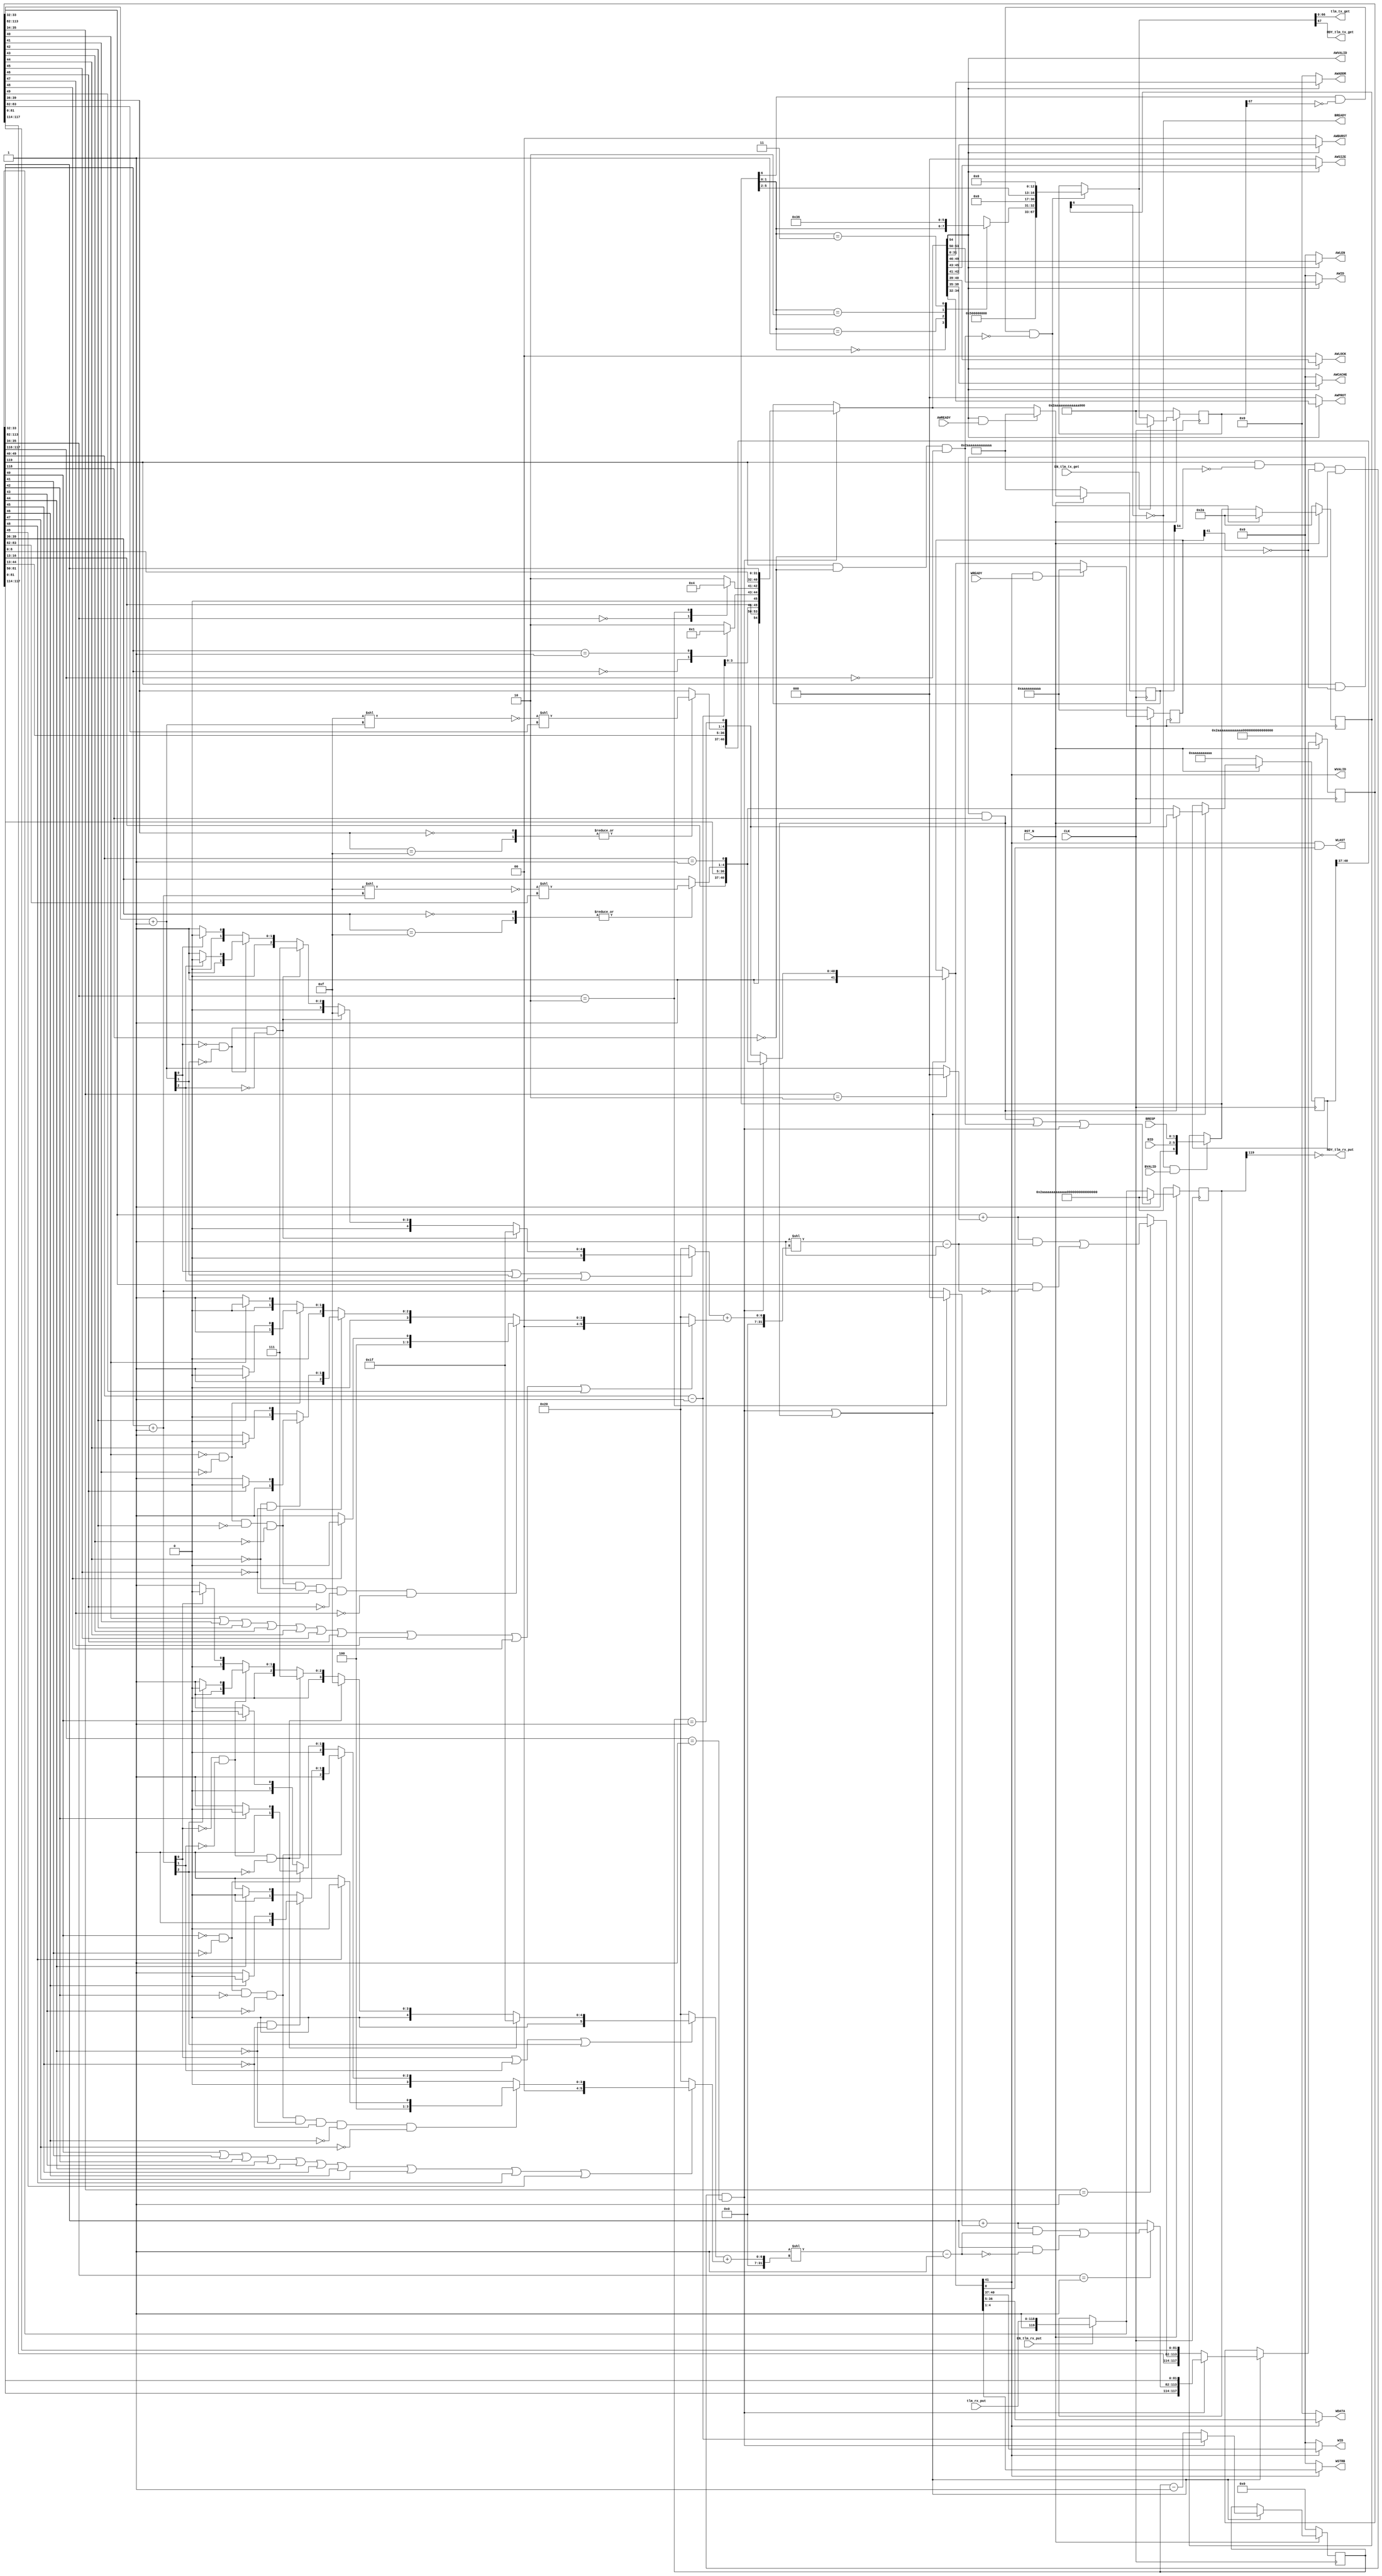
//
// Generated by Bluespec Compiler, version 2016.07.beta1 (build 34806, 2016-07-05)
//
// On Tue Mar 28 10:39:14 IST 2017
//
//
// Ports:
// Name                         I/O  size props
// tlm_tx_get                     O    67
// RDY_tlm_tx_get                 O     1
// RDY_tlm_rx_put                 O     1
// AWID                           O     4
// AWADDR                         O    32
// AWLEN                          O     4
// AWSIZE                         O     3
// AWBURST                        O     2
// AWLOCK                         O     2
// AWCACHE                        O     4
// AWPROT                         O     3
// AWVALID                        O     1
// WID                            O     4
// WDATA                          O    32
// WSTRB                          O     4
// WLAST                          O     1
// WVALID                         O     1
// BREADY                         O     1
// CLK                            I     1 clock
// RST_N                          I     1 reset
// tlm_rx_put                     I   119
// AWREADY                        I     1
// WREADY                         I     1
// BID                            I     4
// BRESP                          I     2
// BVALID                         I     1
// EN_tlm_rx_put                  I     1
// EN_tlm_tx_get                  I     1
//
// Combinational paths from inputs to outputs:
//   (tlm_rx_put, BID, BRESP, BVALID, EN_tlm_rx_put) -> RDY_tlm_tx_get
//   (tlm_rx_put, EN_tlm_rx_put) -> AWID
//   (tlm_rx_put, EN_tlm_rx_put) -> AWADDR
//   (tlm_rx_put, EN_tlm_rx_put) -> AWLEN
//   (tlm_rx_put, EN_tlm_rx_put) -> AWSIZE
//   (tlm_rx_put, EN_tlm_rx_put) -> AWBURST
//   (tlm_rx_put, EN_tlm_rx_put) -> AWLOCK
//   (tlm_rx_put, EN_tlm_rx_put) -> AWCACHE
//   (tlm_rx_put, EN_tlm_rx_put) -> AWPROT
//   (tlm_rx_put, EN_tlm_rx_put) -> AWVALID
//   (tlm_rx_put, EN_tlm_rx_put) -> WID
//   (tlm_rx_put, EN_tlm_rx_put) -> WDATA
//   (tlm_rx_put, EN_tlm_rx_put) -> WSTRB
//   (tlm_rx_put, EN_tlm_rx_put) -> WLAST
//   (tlm_rx_put, EN_tlm_rx_put) -> WVALID
//   (tlm_rx_put, BID, BRESP, BVALID, EN_tlm_rx_put) -> tlm_tx_get
//
//

`ifdef BSV_ASSIGNMENT_DELAY
`else
  `define BSV_ASSIGNMENT_DELAY
`endif

`ifdef BSV_POSITIVE_RESET
  `define BSV_RESET_VALUE 1'b1
  `define BSV_RESET_EDGE posedge
`else
  `define BSV_RESET_VALUE 1'b0
  `define BSV_RESET_EDGE negedge
`endif

module mkAxiWrMasterStd(CLK,
			RST_N,

			EN_tlm_tx_get,
			tlm_tx_get,
			RDY_tlm_tx_get,

			tlm_rx_put,
			EN_tlm_rx_put,
			RDY_tlm_rx_put,

			AWID,

			AWADDR,

			AWLEN,

			AWSIZE,

			AWBURST,

			AWLOCK,

			AWCACHE,

			AWPROT,

			AWVALID,

			AWREADY,

			WID,

			WDATA,

			WSTRB,

			WLAST,

			WVALID,

			WREADY,

			BREADY,

			BID,

			BRESP,

			BVALID);
  input  CLK;
  input  RST_N;

  // actionvalue method tlm_tx_get
  input  EN_tlm_tx_get;
  output [66 : 0] tlm_tx_get;
  output RDY_tlm_tx_get;

  // action method tlm_rx_put
  input  [118 : 0] tlm_rx_put;
  input  EN_tlm_rx_put;
  output RDY_tlm_rx_put;

  // value method fabric_bus_awID
  output [3 : 0] AWID;

  // value method fabric_bus_awADDR
  output [31 : 0] AWADDR;

  // value method fabric_bus_awLEN
  output [3 : 0] AWLEN;

  // value method fabric_bus_awSIZE
  output [2 : 0] AWSIZE;

  // value method fabric_bus_awBURST
  output [1 : 0] AWBURST;

  // value method fabric_bus_awLOCK
  output [1 : 0] AWLOCK;

  // value method fabric_bus_awCACHE
  output [3 : 0] AWCACHE;

  // value method fabric_bus_awPROT
  output [2 : 0] AWPROT;

  // value method fabric_bus_awVALID
  output AWVALID;

  // action method fabric_bus_awREADY
  input  AWREADY;

  // value method fabric_bus_wID
  output [3 : 0] WID;

  // value method fabric_bus_wDATA
  output [31 : 0] WDATA;

  // value method fabric_bus_wSTRB
  output [3 : 0] WSTRB;

  // value method fabric_bus_wLAST
  output WLAST;

  // value method fabric_bus_wVALID
  output WVALID;

  // action method fabric_bus_wREADY
  input  WREADY;

  // value method fabric_bus_bREADY
  output BREADY;

  // action method fabric_bus_bID
  input  [3 : 0] BID;

  // action method fabric_bus_bRESP
  input  [1 : 0] BRESP;

  // action method fabric_bus_bVALID
  input  BVALID;

  // signals for module outputs
  wire [66 : 0] tlm_tx_get;
  wire [31 : 0] AWADDR, WDATA;
  wire [3 : 0] AWCACHE, AWID, AWLEN, WID, WSTRB;
  wire [2 : 0] AWPROT, AWSIZE;
  wire [1 : 0] AWBURST, AWLOCK;
  wire AWVALID, BREADY, RDY_tlm_rx_put, RDY_tlm_tx_get, WLAST, WVALID;

  // inlined wires
  wire [119 : 0] fifo_rx_rv$port0__write_1,
		 fifo_rx_rv$port1__read,
		 fifo_rx_rv$port1__write_1,
		 fifo_rx_rv$port2__read;
  wire [67 : 0] fifo_tx_rv$port0__write_1,
		fifo_tx_rv$port1__read,
		fifo_tx_rv$port1__write_1,
		fifo_tx_rv$port2__read;
  wire [54 : 0] wr_addr_fifo_fifof_rv$port0__write_1,
		wr_addr_fifo_fifof_rv$port1__read,
		wr_addr_fifo_fifof_rv$port1__write_1,
		wr_addr_fifo_fifof_rv$port2__read;
  wire [41 : 0] wr_data_fifo_fifof_rv$port0__write_1,
		wr_data_fifo_fifof_rv$port1__read,
		wr_data_fifo_fifof_rv$port1__write_1,
		wr_data_fifo_fifof_rv$port2__read;
  wire [6 : 0] wr_resp_fifo_fifof_rv$port0__write_1,
	       wr_resp_fifo_fifof_rv$port1__read,
	       wr_resp_fifo_fifof_rv$port1__write_1,
	       wr_resp_fifo_fifof_rv$port2__read;
  wire [5 : 0] wr_resp_fifo_data_wire$wget;
  wire fifo_rx_rv$EN_port1__write, wr_data_fifo_fifof_rv$EN_port0__write;

  // register count
  reg [9 : 0] count;
  wire [9 : 0] count$D_IN;
  wire count$EN;

  // register descriptor
  reg [117 : 0] descriptor;
  wire [117 : 0] descriptor$D_IN;
  wire descriptor$EN;

  // register fifo_rx_rv
  reg [119 : 0] fifo_rx_rv;
  wire [119 : 0] fifo_rx_rv$D_IN;
  wire fifo_rx_rv$EN;

  // register fifo_tx_rv
  reg [67 : 0] fifo_tx_rv;
  wire [67 : 0] fifo_tx_rv$D_IN;
  wire fifo_tx_rv$EN;

  // register saved_data
  reg [40 : 0] saved_data;
  wire [40 : 0] saved_data$D_IN;
  wire saved_data$EN;

  // register wr_addr_fifo_fifof_rv
  reg [54 : 0] wr_addr_fifo_fifof_rv;
  wire [54 : 0] wr_addr_fifo_fifof_rv$D_IN;
  wire wr_addr_fifo_fifof_rv$EN;

  // register wr_data_fifo_fifof_rv
  reg [41 : 0] wr_data_fifo_fifof_rv;
  wire [41 : 0] wr_data_fifo_fifof_rv$D_IN;
  wire wr_data_fifo_fifof_rv$EN;

  // register wr_resp_fifo_fifof_rv
  reg [6 : 0] wr_resp_fifo_fifof_rv;
  wire [6 : 0] wr_resp_fifo_fifof_rv$D_IN;
  wire wr_resp_fifo_fifof_rv$EN;

  // rule scheduling signals
  wire CAN_FIRE_RL_data_write,
       CAN_FIRE_RL_every,
       CAN_FIRE_RL_grab_response,
       CAN_FIRE_RL_start_read,
       CAN_FIRE_RL_start_write,
       CAN_FIRE_RL_wr_addr_fifo_do_deq,
       CAN_FIRE_RL_wr_addr_fifo_get_data,
       CAN_FIRE_RL_wr_data_fifo_do_deq,
       CAN_FIRE_RL_wr_data_fifo_get_data,
       CAN_FIRE_RL_wr_resp_fifo_do_enq,
       CAN_FIRE_fabric_bus_awREADY,
       CAN_FIRE_fabric_bus_bID,
       CAN_FIRE_fabric_bus_bRESP,
       CAN_FIRE_fabric_bus_bVALID,
       CAN_FIRE_fabric_bus_wREADY,
       CAN_FIRE_tlm_rx_put,
       CAN_FIRE_tlm_tx_get,
       WILL_FIRE_RL_data_write,
       WILL_FIRE_RL_every,
       WILL_FIRE_RL_grab_response,
       WILL_FIRE_RL_start_read,
       WILL_FIRE_RL_start_write,
       WILL_FIRE_RL_wr_addr_fifo_do_deq,
       WILL_FIRE_RL_wr_addr_fifo_get_data,
       WILL_FIRE_RL_wr_data_fifo_do_deq,
       WILL_FIRE_RL_wr_data_fifo_get_data,
       WILL_FIRE_RL_wr_resp_fifo_do_enq,
       WILL_FIRE_fabric_bus_awREADY,
       WILL_FIRE_fabric_bus_bID,
       WILL_FIRE_fabric_bus_bRESP,
       WILL_FIRE_fabric_bus_bVALID,
       WILL_FIRE_fabric_bus_wREADY,
       WILL_FIRE_tlm_rx_put,
       WILL_FIRE_tlm_tx_get;

  // inputs to muxes for submodule ports
  wire [117 : 0] MUX_descriptor$write_1__VAL_1, MUX_descriptor$write_1__VAL_2;
  wire [41 : 0] MUX_wr_data_fifo_fifof_rv$port0__write_1__VAL_1,
		MUX_wr_data_fifo_fifof_rv$port0__write_1__VAL_2;
  wire [40 : 0] MUX_saved_data$write_1__VAL_1, MUX_saved_data$write_1__VAL_2;
  wire [9 : 0] MUX_count$write_1__VAL_2;

  // remaining internal signals
  reg [63 : 0] v__h28482;
  reg [3 : 0] wr_data_strb__h15623, wr_data_strb__h2607;
  reg [2 : 0] x__h3097;
  reg [1 : 0] CASE_fifo_rx_rvport1__read_BITS_35_TO_34_0_1__ETC__q1,
	      CASE_wr_resp_fifo_fifof_rvport1__read_BITS_1__ETC__q4;
  wire [53 : 0] wr_addr_fifo_fifof_rvport1__read_BITS_53_TO_0__q2;
  wire [40 : 0] wr_data_fifo_fifof_rvport1__read_BITS_40_TO_0__q3;
  wire [31 : 0] _0_CONCAT_descriptor_99_BITS_33_TO_32_04_26_PLUS_1___d327,
		_0_CONCAT_fifo_rx_rv_port1__read__9_BITS_33_TO__ETC___d86,
		addr___1__h15930,
		addr___1__h3487,
		addr__h15901,
		addr__h3457,
		log_length__h15927,
		log_length__h3484,
		log_size__h15926,
		log_size__h3483,
		mask__h15929,
		mask__h3486,
		total__h15928,
		total__h3485,
		x__h15942,
		x__h15950,
		x__h3499,
		x__h3508,
		x_addr__h15904,
		x_addr__h3460,
		y__h15560,
		y__h15943,
		y__h27998,
		y__h3500;
  wire [9 : 0] value__h3069;
  wire [4 : 0] value__h14746, value__h21273, value__h27184, value__h8835;
  wire [3 : 0] mask__h15706,
	       mask__h2717,
	       out___1__h15707,
	       out___1__h2718,
	       x__h15719,
	       x__h2730;
  wire [2 : 0] value__h15951, value__h3509, y__h15721, y__h2732;

  // actionvalue method tlm_tx_get
  assign tlm_tx_get = fifo_tx_rv$port1__read[66:0] ;
  assign RDY_tlm_tx_get = fifo_tx_rv$port1__read[67] ;
  assign CAN_FIRE_tlm_tx_get = fifo_tx_rv$port1__read[67] ;
  assign WILL_FIRE_tlm_tx_get = EN_tlm_tx_get ;

  // action method tlm_rx_put
  assign RDY_tlm_rx_put = !fifo_rx_rv[119] ;
  assign CAN_FIRE_tlm_rx_put = !fifo_rx_rv[119] ;
  assign WILL_FIRE_tlm_rx_put = EN_tlm_rx_put ;

  // value method fabric_bus_awID
  assign AWID =
	     wr_addr_fifo_fifof_rv$port1__read[54] ?
	       wr_addr_fifo_fifof_rvport1__read_BITS_53_TO_0__q2[53:50] :
	       4'd0 ;

  // value method fabric_bus_awADDR
  assign AWADDR =
	     wr_addr_fifo_fifof_rv$port1__read[54] ?
	       wr_addr_fifo_fifof_rvport1__read_BITS_53_TO_0__q2[31:0] :
	       32'd0 ;

  // value method fabric_bus_awLEN
  assign AWLEN =
	     wr_addr_fifo_fifof_rv$port1__read[54] ?
	       wr_addr_fifo_fifof_rvport1__read_BITS_53_TO_0__q2[49:46] :
	       4'd0 ;

  // value method fabric_bus_awSIZE
  assign AWSIZE =
	     wr_addr_fifo_fifof_rv$port1__read[54] ?
	       wr_addr_fifo_fifof_rvport1__read_BITS_53_TO_0__q2[45:43] :
	       3'd0 ;

  // value method fabric_bus_awBURST
  assign AWBURST =
	     wr_addr_fifo_fifof_rv$port1__read[54] ?
	       wr_addr_fifo_fifof_rvport1__read_BITS_53_TO_0__q2[42:41] :
	       2'd0 ;

  // value method fabric_bus_awLOCK
  assign AWLOCK =
	     wr_addr_fifo_fifof_rv$port1__read[54] ?
	       wr_addr_fifo_fifof_rvport1__read_BITS_53_TO_0__q2[40:39] :
	       2'd0 ;

  // value method fabric_bus_awCACHE
  assign AWCACHE =
	     wr_addr_fifo_fifof_rv$port1__read[54] ?
	       wr_addr_fifo_fifof_rvport1__read_BITS_53_TO_0__q2[38:35] :
	       4'd0 ;

  // value method fabric_bus_awPROT
  assign AWPROT =
	     wr_addr_fifo_fifof_rv$port1__read[54] ?
	       wr_addr_fifo_fifof_rvport1__read_BITS_53_TO_0__q2[34:32] :
	       3'd0 ;

  // value method fabric_bus_awVALID
  assign AWVALID = wr_addr_fifo_fifof_rv$port1__read[54] ;

  // action method fabric_bus_awREADY
  assign CAN_FIRE_fabric_bus_awREADY = 1'd1 ;
  assign WILL_FIRE_fabric_bus_awREADY = 1'd1 ;

  // value method fabric_bus_wID
  assign WID =
	     wr_data_fifo_fifof_rv$port1__read[41] ?
	       wr_data_fifo_fifof_rvport1__read_BITS_40_TO_0__q3[40:37] :
	       4'd0 ;

  // value method fabric_bus_wDATA
  assign WDATA =
	     wr_data_fifo_fifof_rv$port1__read[41] ?
	       wr_data_fifo_fifof_rvport1__read_BITS_40_TO_0__q3[36:5] :
	       32'd0 ;

  // value method fabric_bus_wSTRB
  assign WSTRB =
	     wr_data_fifo_fifof_rv$port1__read[41] ?
	       wr_data_fifo_fifof_rvport1__read_BITS_40_TO_0__q3[4:1] :
	       4'd0 ;

  // value method fabric_bus_wLAST
  assign WLAST =
	     wr_data_fifo_fifof_rv$port1__read[41] &&
	     wr_data_fifo_fifof_rvport1__read_BITS_40_TO_0__q3[0] ;

  // value method fabric_bus_wVALID
  assign WVALID = wr_data_fifo_fifof_rv$port1__read[41] ;

  // action method fabric_bus_wREADY
  assign CAN_FIRE_fabric_bus_wREADY = 1'd1 ;
  assign WILL_FIRE_fabric_bus_wREADY = 1'd1 ;

  // value method fabric_bus_bREADY
  assign BREADY = !wr_resp_fifo_fifof_rv[6] ;

  // action method fabric_bus_bID
  assign CAN_FIRE_fabric_bus_bID = 1'd1 ;
  assign WILL_FIRE_fabric_bus_bID = 1'd1 ;

  // action method fabric_bus_bRESP
  assign CAN_FIRE_fabric_bus_bRESP = 1'd1 ;
  assign WILL_FIRE_fabric_bus_bRESP = 1'd1 ;

  // action method fabric_bus_bVALID
  assign CAN_FIRE_fabric_bus_bVALID = 1'd1 ;
  assign WILL_FIRE_fabric_bus_bVALID = 1'd1 ;

  // rule RL_every
  assign CAN_FIRE_RL_every = 1'd1 ;
  assign WILL_FIRE_RL_every = 1'd1 ;

  // rule RL_start_write
  assign CAN_FIRE_RL_start_write =
	     fifo_rx_rv$port1__read[119] && !wr_addr_fifo_fifof_rv[54] &&
	     !wr_data_fifo_fifof_rv[41] &&
	     !fifo_rx_rv$port1__read[118] &&
	     fifo_rx_rv$port1__read[117:116] == 2'd1 ;
  assign WILL_FIRE_RL_start_write = CAN_FIRE_RL_start_write ;

  // rule RL_data_write
  assign CAN_FIRE_RL_data_write =
	     fifo_rx_rv$port1__read[119] && !wr_data_fifo_fifof_rv[41] &&
	     fifo_rx_rv$port1__read[118] ;
  assign WILL_FIRE_RL_data_write = CAN_FIRE_RL_data_write ;

  // rule RL_start_read
  assign CAN_FIRE_RL_start_read =
	     fifo_rx_rv$port1__read[119] && !fifo_rx_rv$port1__read[118] &&
	     fifo_rx_rv$port1__read[117:116] == 2'd0 ;
  assign WILL_FIRE_RL_start_read = CAN_FIRE_RL_start_read ;

  // rule RL_wr_addr_fifo_get_data
  assign CAN_FIRE_RL_wr_addr_fifo_get_data =
	     wr_addr_fifo_fifof_rv$port1__read[54] ;
  assign WILL_FIRE_RL_wr_addr_fifo_get_data =
	     wr_addr_fifo_fifof_rv$port1__read[54] ;

  // rule RL_wr_addr_fifo_do_deq
  assign CAN_FIRE_RL_wr_addr_fifo_do_deq =
	     wr_addr_fifo_fifof_rv$port1__read[54] && AWREADY ;
  assign WILL_FIRE_RL_wr_addr_fifo_do_deq = CAN_FIRE_RL_wr_addr_fifo_do_deq ;

  // rule RL_wr_data_fifo_get_data
  assign CAN_FIRE_RL_wr_data_fifo_get_data =
	     wr_data_fifo_fifof_rv$port1__read[41] ;
  assign WILL_FIRE_RL_wr_data_fifo_get_data =
	     wr_data_fifo_fifof_rv$port1__read[41] ;

  // rule RL_wr_data_fifo_do_deq
  assign CAN_FIRE_RL_wr_data_fifo_do_deq =
	     wr_data_fifo_fifof_rv$port1__read[41] && WREADY ;
  assign WILL_FIRE_RL_wr_data_fifo_do_deq = CAN_FIRE_RL_wr_data_fifo_do_deq ;

  // rule RL_wr_resp_fifo_do_enq
  assign CAN_FIRE_RL_wr_resp_fifo_do_enq =
	     !wr_resp_fifo_fifof_rv[6] && BVALID ;
  assign WILL_FIRE_RL_wr_resp_fifo_do_enq = CAN_FIRE_RL_wr_resp_fifo_do_enq ;

  // rule RL_grab_response
  assign CAN_FIRE_RL_grab_response =
	     wr_resp_fifo_fifof_rv$port1__read[6] && !fifo_tx_rv[67] ;
  assign WILL_FIRE_RL_grab_response =
	     CAN_FIRE_RL_grab_response && !WILL_FIRE_RL_start_read ;

  // inputs to muxes for submodule ports
  assign MUX_count$write_1__VAL_2 = count - 10'd1 ;
  assign MUX_descriptor$write_1__VAL_1 =
	     { fifo_rx_rv$port1__read[117:114],
	       x_addr__h3460,
	       fifo_rx_rv$port1__read[81:0] } ;
  assign MUX_descriptor$write_1__VAL_2 =
	     { descriptor[117:114], x_addr__h15904, descriptor[81:0] } ;
  assign MUX_saved_data$write_1__VAL_1 =
	     { saved_data[40:37],
	       fifo_rx_rv$port1__read[44:13],
	       wr_data_strb__h15623,
	       count == 10'd1 } ;
  assign MUX_saved_data$write_1__VAL_2 =
	     { fifo_rx_rv$port1__read[16:13],
	       fifo_rx_rv$port1__read[81:50],
	       wr_data_strb__h2607,
	       fifo_rx_rv$port1__read[49:40] == 10'd1 } ;
  assign MUX_wr_data_fifo_fifof_rv$port0__write_1__VAL_1 =
	     { 1'd1,
	       fifo_rx_rv$port1__read[16:13],
	       fifo_rx_rv$port1__read[81:50],
	       wr_data_strb__h2607,
	       fifo_rx_rv$port1__read[49:40] == 10'd1 } ;
  assign MUX_wr_data_fifo_fifof_rv$port0__write_1__VAL_2 =
	     { 1'd1,
	       saved_data[40:37],
	       fifo_rx_rv$port1__read[44:13],
	       wr_data_strb__h15623,
	       count == 10'd1 } ;

  // inlined wires
  assign wr_resp_fifo_data_wire$wget = { BID, BRESP } ;
  assign wr_addr_fifo_fifof_rv$port0__write_1 =
	     { 1'd1,
	       fifo_rx_rv$port1__read[16:13],
	       value__h3069[3:0],
	       x__h3097,
	       CASE_fifo_rx_rvport1__read_BITS_35_TO_34_0_1__ETC__q1,
	       fifo_rx_rv$port1__read[8:0],
	       fifo_rx_rv$port1__read[113:82] } ;
  assign wr_addr_fifo_fifof_rv$port1__read =
	     CAN_FIRE_RL_start_write ?
	       wr_addr_fifo_fifof_rv$port0__write_1 :
	       wr_addr_fifo_fifof_rv ;
  assign wr_addr_fifo_fifof_rv$port1__write_1 =
	     { 1'd0, 54'h2AAAAAAAAAAAAA /* unspecified value */  } ;
  assign wr_addr_fifo_fifof_rv$port2__read =
	     CAN_FIRE_RL_wr_addr_fifo_do_deq ?
	       wr_addr_fifo_fifof_rv$port1__write_1 :
	       wr_addr_fifo_fifof_rv$port1__read ;
  assign wr_data_fifo_fifof_rv$EN_port0__write =
	     WILL_FIRE_RL_start_write || WILL_FIRE_RL_data_write ;
  assign wr_data_fifo_fifof_rv$port0__write_1 =
	     WILL_FIRE_RL_start_write ?
	       MUX_wr_data_fifo_fifof_rv$port0__write_1__VAL_1 :
	       MUX_wr_data_fifo_fifof_rv$port0__write_1__VAL_2 ;
  assign wr_data_fifo_fifof_rv$port1__read =
	     wr_data_fifo_fifof_rv$EN_port0__write ?
	       wr_data_fifo_fifof_rv$port0__write_1 :
	       wr_data_fifo_fifof_rv ;
  assign wr_data_fifo_fifof_rv$port1__write_1 =
	     { 1'd0, 41'h0AAAAAAAAAA /* unspecified value */  } ;
  assign wr_data_fifo_fifof_rv$port2__read =
	     CAN_FIRE_RL_wr_data_fifo_do_deq ?
	       wr_data_fifo_fifof_rv$port1__write_1 :
	       wr_data_fifo_fifof_rv$port1__read ;
  assign wr_resp_fifo_fifof_rv$port0__write_1 =
	     { 1'd1, wr_resp_fifo_data_wire$wget } ;
  assign wr_resp_fifo_fifof_rv$port1__read =
	     CAN_FIRE_RL_wr_resp_fifo_do_enq ?
	       wr_resp_fifo_fifof_rv$port0__write_1 :
	       wr_resp_fifo_fifof_rv ;
  assign wr_resp_fifo_fifof_rv$port1__write_1 =
	     { 1'd0, 6'b101010 /* unspecified value */  } ;
  assign wr_resp_fifo_fifof_rv$port2__read =
	     WILL_FIRE_RL_grab_response ?
	       wr_resp_fifo_fifof_rv$port1__write_1 :
	       wr_resp_fifo_fifof_rv$port1__read ;
  assign fifo_rx_rv$port0__write_1 = { 1'd1, tlm_rx_put } ;
  assign fifo_rx_rv$port1__read =
	     EN_tlm_rx_put ? fifo_rx_rv$port0__write_1 : fifo_rx_rv ;
  assign fifo_rx_rv$EN_port1__write =
	     WILL_FIRE_RL_data_write || WILL_FIRE_RL_start_read ||
	     WILL_FIRE_RL_start_write ;
  assign fifo_rx_rv$port1__write_1 =
	     { 1'd0,
	       119'h2AAAAAAAAAAAAAAAAAAAAAAAAAAAAA /* unspecified value */  } ;
  assign fifo_rx_rv$port2__read =
	     fifo_rx_rv$EN_port1__write ?
	       fifo_rx_rv$port1__write_1 :
	       fifo_rx_rv$port1__read ;
  assign fifo_tx_rv$port0__write_1 =
	     { 35'h500000000,
	       CASE_wr_resp_fifo_fifof_rvport1__read_BITS_1__ETC__q4,
	       14'd0,
	       wr_resp_fifo_fifof_rv$port1__read[5:2],
	       13'd0 } ;
  assign fifo_tx_rv$port1__read =
	     WILL_FIRE_RL_grab_response ?
	       fifo_tx_rv$port0__write_1 :
	       fifo_tx_rv ;
  assign fifo_tx_rv$port1__write_1 =
	     { 1'd0, 67'h2AAAAAAAAAAAAAAAA /* unspecified value */  } ;
  assign fifo_tx_rv$port2__read =
	     EN_tlm_tx_get ?
	       fifo_tx_rv$port1__write_1 :
	       fifo_tx_rv$port1__read ;

  // register count
  assign count$D_IN =
	     WILL_FIRE_RL_start_write ?
	       value__h3069 :
	       MUX_count$write_1__VAL_2 ;
  assign count$EN = WILL_FIRE_RL_start_write || WILL_FIRE_RL_data_write ;

  // register descriptor
  assign descriptor$D_IN =
	     WILL_FIRE_RL_start_write ?
	       MUX_descriptor$write_1__VAL_1 :
	       MUX_descriptor$write_1__VAL_2 ;
  assign descriptor$EN = WILL_FIRE_RL_start_write || WILL_FIRE_RL_data_write ;

  // register fifo_rx_rv
  assign fifo_rx_rv$D_IN = fifo_rx_rv$port2__read ;
  assign fifo_rx_rv$EN = 1'b1 ;

  // register fifo_tx_rv
  assign fifo_tx_rv$D_IN = fifo_tx_rv$port2__read ;
  assign fifo_tx_rv$EN = 1'b1 ;

  // register saved_data
  assign saved_data$D_IN =
	     WILL_FIRE_RL_data_write ?
	       MUX_saved_data$write_1__VAL_1 :
	       MUX_saved_data$write_1__VAL_2 ;
  assign saved_data$EN = WILL_FIRE_RL_data_write || WILL_FIRE_RL_start_write ;

  // register wr_addr_fifo_fifof_rv
  assign wr_addr_fifo_fifof_rv$D_IN = wr_addr_fifo_fifof_rv$port2__read ;
  assign wr_addr_fifo_fifof_rv$EN = 1'b1 ;

  // register wr_data_fifo_fifof_rv
  assign wr_data_fifo_fifof_rv$D_IN = wr_data_fifo_fifof_rv$port2__read ;
  assign wr_data_fifo_fifof_rv$EN = 1'b1 ;

  // register wr_resp_fifo_fifof_rv
  assign wr_resp_fifo_fifof_rv$D_IN = wr_resp_fifo_fifof_rv$port2__read ;
  assign wr_resp_fifo_fifof_rv$EN = 1'b1 ;

  // remaining internal signals
  assign _0_CONCAT_descriptor_99_BITS_33_TO_32_04_26_PLUS_1___d327 =
	     { 30'd0, descriptor[33:32] } + 32'd1 ;
  assign _0_CONCAT_fifo_rx_rv_port1__read__9_BITS_33_TO__ETC___d86 =
	     { 30'd0, fifo_rx_rv$port1__read[33:32] } + 32'd1 ;
  assign addr___1__h15930 = x__h15942 | y__h15943 ;
  assign addr___1__h3487 = x__h3499 | y__h3500 ;
  assign addr__h15901 = descriptor[113:82] + x__h15950 ;
  assign addr__h3457 = fifo_rx_rv$port1__read[113:82] + x__h3508 ;
  assign log_length__h15927 =
	     (descriptor[40] || descriptor[41] || descriptor[42] ||
	      descriptor[43] ||
	      descriptor[44] ||
	      descriptor[45] ||
	      descriptor[46] ||
	      descriptor[47] ||
	      descriptor[48] ||
	      descriptor[49]) ?
	       { 27'd0, value__h27184 } :
	       32'd32 ;
  assign log_length__h3484 =
	     (fifo_rx_rv$port1__read[40] || fifo_rx_rv$port1__read[41] ||
	      fifo_rx_rv$port1__read[42] ||
	      fifo_rx_rv$port1__read[43] ||
	      fifo_rx_rv$port1__read[44] ||
	      fifo_rx_rv$port1__read[45] ||
	      fifo_rx_rv$port1__read[46] ||
	      fifo_rx_rv$port1__read[47] ||
	      fifo_rx_rv$port1__read[48] ||
	      fifo_rx_rv$port1__read[49]) ?
	       { 27'd0, value__h14746 } :
	       32'd32 ;
  assign log_size__h15926 =
	     (_0_CONCAT_descriptor_99_BITS_33_TO_32_04_26_PLUS_1___d327[0] ||
	      _0_CONCAT_descriptor_99_BITS_33_TO_32_04_26_PLUS_1___d327[1] ||
	      _0_CONCAT_descriptor_99_BITS_33_TO_32_04_26_PLUS_1___d327[2] ||
	      _0_CONCAT_descriptor_99_BITS_33_TO_32_04_26_PLUS_1___d327[3] ||
	      _0_CONCAT_descriptor_99_BITS_33_TO_32_04_26_PLUS_1___d327[4] ||
	      _0_CONCAT_descriptor_99_BITS_33_TO_32_04_26_PLUS_1___d327[5] ||
	      _0_CONCAT_descriptor_99_BITS_33_TO_32_04_26_PLUS_1___d327[6] ||
	      _0_CONCAT_descriptor_99_BITS_33_TO_32_04_26_PLUS_1___d327[7] ||
	      _0_CONCAT_descriptor_99_BITS_33_TO_32_04_26_PLUS_1___d327[8] ||
	      _0_CONCAT_descriptor_99_BITS_33_TO_32_04_26_PLUS_1___d327[9] ||
	      _0_CONCAT_descriptor_99_BITS_33_TO_32_04_26_PLUS_1___d327[10] ||
	      _0_CONCAT_descriptor_99_BITS_33_TO_32_04_26_PLUS_1___d327[11] ||
	      _0_CONCAT_descriptor_99_BITS_33_TO_32_04_26_PLUS_1___d327[12] ||
	      _0_CONCAT_descriptor_99_BITS_33_TO_32_04_26_PLUS_1___d327[13] ||
	      _0_CONCAT_descriptor_99_BITS_33_TO_32_04_26_PLUS_1___d327[14] ||
	      _0_CONCAT_descriptor_99_BITS_33_TO_32_04_26_PLUS_1___d327[15] ||
	      _0_CONCAT_descriptor_99_BITS_33_TO_32_04_26_PLUS_1___d327[16] ||
	      _0_CONCAT_descriptor_99_BITS_33_TO_32_04_26_PLUS_1___d327[17] ||
	      _0_CONCAT_descriptor_99_BITS_33_TO_32_04_26_PLUS_1___d327[18] ||
	      _0_CONCAT_descriptor_99_BITS_33_TO_32_04_26_PLUS_1___d327[19] ||
	      _0_CONCAT_descriptor_99_BITS_33_TO_32_04_26_PLUS_1___d327[20] ||
	      _0_CONCAT_descriptor_99_BITS_33_TO_32_04_26_PLUS_1___d327[21] ||
	      _0_CONCAT_descriptor_99_BITS_33_TO_32_04_26_PLUS_1___d327[22] ||
	      _0_CONCAT_descriptor_99_BITS_33_TO_32_04_26_PLUS_1___d327[23] ||
	      _0_CONCAT_descriptor_99_BITS_33_TO_32_04_26_PLUS_1___d327[24] ||
	      _0_CONCAT_descriptor_99_BITS_33_TO_32_04_26_PLUS_1___d327[25] ||
	      _0_CONCAT_descriptor_99_BITS_33_TO_32_04_26_PLUS_1___d327[26] ||
	      _0_CONCAT_descriptor_99_BITS_33_TO_32_04_26_PLUS_1___d327[27] ||
	      _0_CONCAT_descriptor_99_BITS_33_TO_32_04_26_PLUS_1___d327[28] ||
	      _0_CONCAT_descriptor_99_BITS_33_TO_32_04_26_PLUS_1___d327[29] ||
	      _0_CONCAT_descriptor_99_BITS_33_TO_32_04_26_PLUS_1___d327[30] ||
	      _0_CONCAT_descriptor_99_BITS_33_TO_32_04_26_PLUS_1___d327[31]) ?
	       { 27'd0, value__h21273 } :
	       32'd32 ;
  assign log_size__h3483 =
	     (_0_CONCAT_fifo_rx_rv_port1__read__9_BITS_33_TO__ETC___d86[0] ||
	      _0_CONCAT_fifo_rx_rv_port1__read__9_BITS_33_TO__ETC___d86[1] ||
	      _0_CONCAT_fifo_rx_rv_port1__read__9_BITS_33_TO__ETC___d86[2] ||
	      _0_CONCAT_fifo_rx_rv_port1__read__9_BITS_33_TO__ETC___d86[3] ||
	      _0_CONCAT_fifo_rx_rv_port1__read__9_BITS_33_TO__ETC___d86[4] ||
	      _0_CONCAT_fifo_rx_rv_port1__read__9_BITS_33_TO__ETC___d86[5] ||
	      _0_CONCAT_fifo_rx_rv_port1__read__9_BITS_33_TO__ETC___d86[6] ||
	      _0_CONCAT_fifo_rx_rv_port1__read__9_BITS_33_TO__ETC___d86[7] ||
	      _0_CONCAT_fifo_rx_rv_port1__read__9_BITS_33_TO__ETC___d86[8] ||
	      _0_CONCAT_fifo_rx_rv_port1__read__9_BITS_33_TO__ETC___d86[9] ||
	      _0_CONCAT_fifo_rx_rv_port1__read__9_BITS_33_TO__ETC___d86[10] ||
	      _0_CONCAT_fifo_rx_rv_port1__read__9_BITS_33_TO__ETC___d86[11] ||
	      _0_CONCAT_fifo_rx_rv_port1__read__9_BITS_33_TO__ETC___d86[12] ||
	      _0_CONCAT_fifo_rx_rv_port1__read__9_BITS_33_TO__ETC___d86[13] ||
	      _0_CONCAT_fifo_rx_rv_port1__read__9_BITS_33_TO__ETC___d86[14] ||
	      _0_CONCAT_fifo_rx_rv_port1__read__9_BITS_33_TO__ETC___d86[15] ||
	      _0_CONCAT_fifo_rx_rv_port1__read__9_BITS_33_TO__ETC___d86[16] ||
	      _0_CONCAT_fifo_rx_rv_port1__read__9_BITS_33_TO__ETC___d86[17] ||
	      _0_CONCAT_fifo_rx_rv_port1__read__9_BITS_33_TO__ETC___d86[18] ||
	      _0_CONCAT_fifo_rx_rv_port1__read__9_BITS_33_TO__ETC___d86[19] ||
	      _0_CONCAT_fifo_rx_rv_port1__read__9_BITS_33_TO__ETC___d86[20] ||
	      _0_CONCAT_fifo_rx_rv_port1__read__9_BITS_33_TO__ETC___d86[21] ||
	      _0_CONCAT_fifo_rx_rv_port1__read__9_BITS_33_TO__ETC___d86[22] ||
	      _0_CONCAT_fifo_rx_rv_port1__read__9_BITS_33_TO__ETC___d86[23] ||
	      _0_CONCAT_fifo_rx_rv_port1__read__9_BITS_33_TO__ETC___d86[24] ||
	      _0_CONCAT_fifo_rx_rv_port1__read__9_BITS_33_TO__ETC___d86[25] ||
	      _0_CONCAT_fifo_rx_rv_port1__read__9_BITS_33_TO__ETC___d86[26] ||
	      _0_CONCAT_fifo_rx_rv_port1__read__9_BITS_33_TO__ETC___d86[27] ||
	      _0_CONCAT_fifo_rx_rv_port1__read__9_BITS_33_TO__ETC___d86[28] ||
	      _0_CONCAT_fifo_rx_rv_port1__read__9_BITS_33_TO__ETC___d86[29] ||
	      _0_CONCAT_fifo_rx_rv_port1__read__9_BITS_33_TO__ETC___d86[30] ||
	      _0_CONCAT_fifo_rx_rv_port1__read__9_BITS_33_TO__ETC___d86[31]) ?
	       { 27'd0, value__h8835 } :
	       32'd32 ;
  assign mask__h15706 = ~x__h15719 ;
  assign mask__h15929 = (32'd1 << total__h15928) - 32'd1 ;
  assign mask__h2717 = ~x__h2730 ;
  assign mask__h3486 = (32'd1 << total__h3485) - 32'd1 ;
  assign out___1__h15707 = mask__h15706 << descriptor[83:82] ;
  assign out___1__h2718 = mask__h2717 << fifo_rx_rv$port1__read[83:82] ;
  assign total__h15928 = log_size__h15926 + log_length__h15927 ;
  assign total__h3485 = log_size__h3483 + log_length__h3484 ;
  assign value__h14746 =
	     (!fifo_rx_rv$port1__read[40] && !fifo_rx_rv$port1__read[41] &&
	      !fifo_rx_rv$port1__read[42] &&
	      !fifo_rx_rv$port1__read[43] &&
	      !fifo_rx_rv$port1__read[44] &&
	      !fifo_rx_rv$port1__read[45] &&
	      !fifo_rx_rv$port1__read[46] &&
	      !fifo_rx_rv$port1__read[47]) ?
	       (fifo_rx_rv$port1__read[48] ? 5'd8 : 5'd9) :
	       ((!fifo_rx_rv$port1__read[40] && !fifo_rx_rv$port1__read[41] &&
		 !fifo_rx_rv$port1__read[42] &&
		 !fifo_rx_rv$port1__read[43]) ?
		  ((!fifo_rx_rv$port1__read[44] &&
		    !fifo_rx_rv$port1__read[45]) ?
		     (fifo_rx_rv$port1__read[46] ? 5'd6 : 5'd7) :
		     (fifo_rx_rv$port1__read[44] ? 5'd4 : 5'd5)) :
		  ((!fifo_rx_rv$port1__read[40] &&
		    !fifo_rx_rv$port1__read[41]) ?
		     (fifo_rx_rv$port1__read[42] ? 5'd2 : 5'd3) :
		     (fifo_rx_rv$port1__read[40] ? 5'd0 : 5'd1))) ;
  assign value__h15951 = (descriptor[35:34] == 2'd2) ? 3'd0 : y__h15721 ;
  assign value__h21273 =
	     (!_0_CONCAT_descriptor_99_BITS_33_TO_32_04_26_PLUS_1___d327[0] &&
	      !_0_CONCAT_descriptor_99_BITS_33_TO_32_04_26_PLUS_1___d327[1] &&
	      !_0_CONCAT_descriptor_99_BITS_33_TO_32_04_26_PLUS_1___d327[2] &&
	      !_0_CONCAT_descriptor_99_BITS_33_TO_32_04_26_PLUS_1___d327[3] &&
	      !_0_CONCAT_descriptor_99_BITS_33_TO_32_04_26_PLUS_1___d327[4] &&
	      !_0_CONCAT_descriptor_99_BITS_33_TO_32_04_26_PLUS_1___d327[5] &&
	      !_0_CONCAT_descriptor_99_BITS_33_TO_32_04_26_PLUS_1___d327[6] &&
	      !_0_CONCAT_descriptor_99_BITS_33_TO_32_04_26_PLUS_1___d327[7] &&
	      !_0_CONCAT_descriptor_99_BITS_33_TO_32_04_26_PLUS_1___d327[8] &&
	      !_0_CONCAT_descriptor_99_BITS_33_TO_32_04_26_PLUS_1___d327[9] &&
	      !_0_CONCAT_descriptor_99_BITS_33_TO_32_04_26_PLUS_1___d327[10] &&
	      !_0_CONCAT_descriptor_99_BITS_33_TO_32_04_26_PLUS_1___d327[11] &&
	      !_0_CONCAT_descriptor_99_BITS_33_TO_32_04_26_PLUS_1___d327[12] &&
	      !_0_CONCAT_descriptor_99_BITS_33_TO_32_04_26_PLUS_1___d327[13] &&
	      !_0_CONCAT_descriptor_99_BITS_33_TO_32_04_26_PLUS_1___d327[14] &&
	      !_0_CONCAT_descriptor_99_BITS_33_TO_32_04_26_PLUS_1___d327[15]) ?
	       ((!_0_CONCAT_descriptor_99_BITS_33_TO_32_04_26_PLUS_1___d327[16] &&
		 !_0_CONCAT_descriptor_99_BITS_33_TO_32_04_26_PLUS_1___d327[17] &&
		 !_0_CONCAT_descriptor_99_BITS_33_TO_32_04_26_PLUS_1___d327[18] &&
		 !_0_CONCAT_descriptor_99_BITS_33_TO_32_04_26_PLUS_1___d327[19] &&
		 !_0_CONCAT_descriptor_99_BITS_33_TO_32_04_26_PLUS_1___d327[20] &&
		 !_0_CONCAT_descriptor_99_BITS_33_TO_32_04_26_PLUS_1___d327[21] &&
		 !_0_CONCAT_descriptor_99_BITS_33_TO_32_04_26_PLUS_1___d327[22] &&
		 !_0_CONCAT_descriptor_99_BITS_33_TO_32_04_26_PLUS_1___d327[23]) ?
		  ((!_0_CONCAT_descriptor_99_BITS_33_TO_32_04_26_PLUS_1___d327[24] &&
		    !_0_CONCAT_descriptor_99_BITS_33_TO_32_04_26_PLUS_1___d327[25] &&
		    !_0_CONCAT_descriptor_99_BITS_33_TO_32_04_26_PLUS_1___d327[26] &&
		    !_0_CONCAT_descriptor_99_BITS_33_TO_32_04_26_PLUS_1___d327[27]) ?
		     ((!_0_CONCAT_descriptor_99_BITS_33_TO_32_04_26_PLUS_1___d327[28] &&
		       !_0_CONCAT_descriptor_99_BITS_33_TO_32_04_26_PLUS_1___d327[29]) ?
			(_0_CONCAT_descriptor_99_BITS_33_TO_32_04_26_PLUS_1___d327[30] ?
			   5'd30 :
			   5'd31) :
			(_0_CONCAT_descriptor_99_BITS_33_TO_32_04_26_PLUS_1___d327[28] ?
			   5'd28 :
			   5'd29)) :
		     ((!_0_CONCAT_descriptor_99_BITS_33_TO_32_04_26_PLUS_1___d327[24] &&
		       !_0_CONCAT_descriptor_99_BITS_33_TO_32_04_26_PLUS_1___d327[25]) ?
			(_0_CONCAT_descriptor_99_BITS_33_TO_32_04_26_PLUS_1___d327[26] ?
			   5'd26 :
			   5'd27) :
			(_0_CONCAT_descriptor_99_BITS_33_TO_32_04_26_PLUS_1___d327[24] ?
			   5'd24 :
			   5'd25))) :
		  ((!_0_CONCAT_descriptor_99_BITS_33_TO_32_04_26_PLUS_1___d327[16] &&
		    !_0_CONCAT_descriptor_99_BITS_33_TO_32_04_26_PLUS_1___d327[17] &&
		    !_0_CONCAT_descriptor_99_BITS_33_TO_32_04_26_PLUS_1___d327[18] &&
		    !_0_CONCAT_descriptor_99_BITS_33_TO_32_04_26_PLUS_1___d327[19]) ?
		     ((!_0_CONCAT_descriptor_99_BITS_33_TO_32_04_26_PLUS_1___d327[20] &&
		       !_0_CONCAT_descriptor_99_BITS_33_TO_32_04_26_PLUS_1___d327[21]) ?
			(_0_CONCAT_descriptor_99_BITS_33_TO_32_04_26_PLUS_1___d327[22] ?
			   5'd22 :
			   5'd23) :
			(_0_CONCAT_descriptor_99_BITS_33_TO_32_04_26_PLUS_1___d327[20] ?
			   5'd20 :
			   5'd21)) :
		     ((!_0_CONCAT_descriptor_99_BITS_33_TO_32_04_26_PLUS_1___d327[16] &&
		       !_0_CONCAT_descriptor_99_BITS_33_TO_32_04_26_PLUS_1___d327[17]) ?
			(_0_CONCAT_descriptor_99_BITS_33_TO_32_04_26_PLUS_1___d327[18] ?
			   5'd18 :
			   5'd19) :
			(_0_CONCAT_descriptor_99_BITS_33_TO_32_04_26_PLUS_1___d327[16] ?
			   5'd16 :
			   5'd17)))) :
	       ((!_0_CONCAT_descriptor_99_BITS_33_TO_32_04_26_PLUS_1___d327[0] &&
		 !_0_CONCAT_descriptor_99_BITS_33_TO_32_04_26_PLUS_1___d327[1] &&
		 !_0_CONCAT_descriptor_99_BITS_33_TO_32_04_26_PLUS_1___d327[2] &&
		 !_0_CONCAT_descriptor_99_BITS_33_TO_32_04_26_PLUS_1___d327[3] &&
		 !_0_CONCAT_descriptor_99_BITS_33_TO_32_04_26_PLUS_1___d327[4] &&
		 !_0_CONCAT_descriptor_99_BITS_33_TO_32_04_26_PLUS_1___d327[5] &&
		 !_0_CONCAT_descriptor_99_BITS_33_TO_32_04_26_PLUS_1___d327[6] &&
		 !_0_CONCAT_descriptor_99_BITS_33_TO_32_04_26_PLUS_1___d327[7]) ?
		  ((!_0_CONCAT_descriptor_99_BITS_33_TO_32_04_26_PLUS_1___d327[8] &&
		    !_0_CONCAT_descriptor_99_BITS_33_TO_32_04_26_PLUS_1___d327[9] &&
		    !_0_CONCAT_descriptor_99_BITS_33_TO_32_04_26_PLUS_1___d327[10] &&
		    !_0_CONCAT_descriptor_99_BITS_33_TO_32_04_26_PLUS_1___d327[11]) ?
		     ((!_0_CONCAT_descriptor_99_BITS_33_TO_32_04_26_PLUS_1___d327[12] &&
		       !_0_CONCAT_descriptor_99_BITS_33_TO_32_04_26_PLUS_1___d327[13]) ?
			(_0_CONCAT_descriptor_99_BITS_33_TO_32_04_26_PLUS_1___d327[14] ?
			   5'd14 :
			   5'd15) :
			(_0_CONCAT_descriptor_99_BITS_33_TO_32_04_26_PLUS_1___d327[12] ?
			   5'd12 :
			   5'd13)) :
		     ((!_0_CONCAT_descriptor_99_BITS_33_TO_32_04_26_PLUS_1___d327[8] &&
		       !_0_CONCAT_descriptor_99_BITS_33_TO_32_04_26_PLUS_1___d327[9]) ?
			(_0_CONCAT_descriptor_99_BITS_33_TO_32_04_26_PLUS_1___d327[10] ?
			   5'd10 :
			   5'd11) :
			(_0_CONCAT_descriptor_99_BITS_33_TO_32_04_26_PLUS_1___d327[8] ?
			   5'd8 :
			   5'd9))) :
		  ((!_0_CONCAT_descriptor_99_BITS_33_TO_32_04_26_PLUS_1___d327[0] &&
		    !_0_CONCAT_descriptor_99_BITS_33_TO_32_04_26_PLUS_1___d327[1] &&
		    !_0_CONCAT_descriptor_99_BITS_33_TO_32_04_26_PLUS_1___d327[2] &&
		    !_0_CONCAT_descriptor_99_BITS_33_TO_32_04_26_PLUS_1___d327[3]) ?
		     ((!_0_CONCAT_descriptor_99_BITS_33_TO_32_04_26_PLUS_1___d327[4] &&
		       !_0_CONCAT_descriptor_99_BITS_33_TO_32_04_26_PLUS_1___d327[5]) ?
			(_0_CONCAT_descriptor_99_BITS_33_TO_32_04_26_PLUS_1___d327[6] ?
			   5'd6 :
			   5'd7) :
			(_0_CONCAT_descriptor_99_BITS_33_TO_32_04_26_PLUS_1___d327[4] ?
			   5'd4 :
			   5'd5)) :
		     ((!_0_CONCAT_descriptor_99_BITS_33_TO_32_04_26_PLUS_1___d327[0] &&
		       !_0_CONCAT_descriptor_99_BITS_33_TO_32_04_26_PLUS_1___d327[1]) ?
			(_0_CONCAT_descriptor_99_BITS_33_TO_32_04_26_PLUS_1___d327[2] ?
			   5'd2 :
			   5'd3) :
			(_0_CONCAT_descriptor_99_BITS_33_TO_32_04_26_PLUS_1___d327[0] ?
			   5'd0 :
			   5'd1)))) ;
  assign value__h27184 =
	     (!descriptor[40] && !descriptor[41] && !descriptor[42] &&
	      !descriptor[43] &&
	      !descriptor[44] &&
	      !descriptor[45] &&
	      !descriptor[46] &&
	      !descriptor[47]) ?
	       (descriptor[48] ? 5'd8 : 5'd9) :
	       ((!descriptor[40] && !descriptor[41] && !descriptor[42] &&
		 !descriptor[43]) ?
		  ((!descriptor[44] && !descriptor[45]) ?
		     (descriptor[46] ? 5'd6 : 5'd7) :
		     (descriptor[44] ? 5'd4 : 5'd5)) :
		  ((!descriptor[40] && !descriptor[41]) ?
		     (descriptor[42] ? 5'd2 : 5'd3) :
		     (descriptor[40] ? 5'd0 : 5'd1))) ;
  assign value__h3069 = fifo_rx_rv$port1__read[49:40] - 10'd1 ;
  assign value__h3509 =
	     (fifo_rx_rv$port1__read[35:34] == 2'd2) ? 3'd0 : y__h2732 ;
  assign value__h8835 =
	     (!_0_CONCAT_fifo_rx_rv_port1__read__9_BITS_33_TO__ETC___d86[0] &&
	      !_0_CONCAT_fifo_rx_rv_port1__read__9_BITS_33_TO__ETC___d86[1] &&
	      !_0_CONCAT_fifo_rx_rv_port1__read__9_BITS_33_TO__ETC___d86[2] &&
	      !_0_CONCAT_fifo_rx_rv_port1__read__9_BITS_33_TO__ETC___d86[3] &&
	      !_0_CONCAT_fifo_rx_rv_port1__read__9_BITS_33_TO__ETC___d86[4] &&
	      !_0_CONCAT_fifo_rx_rv_port1__read__9_BITS_33_TO__ETC___d86[5] &&
	      !_0_CONCAT_fifo_rx_rv_port1__read__9_BITS_33_TO__ETC___d86[6] &&
	      !_0_CONCAT_fifo_rx_rv_port1__read__9_BITS_33_TO__ETC___d86[7] &&
	      !_0_CONCAT_fifo_rx_rv_port1__read__9_BITS_33_TO__ETC___d86[8] &&
	      !_0_CONCAT_fifo_rx_rv_port1__read__9_BITS_33_TO__ETC___d86[9] &&
	      !_0_CONCAT_fifo_rx_rv_port1__read__9_BITS_33_TO__ETC___d86[10] &&
	      !_0_CONCAT_fifo_rx_rv_port1__read__9_BITS_33_TO__ETC___d86[11] &&
	      !_0_CONCAT_fifo_rx_rv_port1__read__9_BITS_33_TO__ETC___d86[12] &&
	      !_0_CONCAT_fifo_rx_rv_port1__read__9_BITS_33_TO__ETC___d86[13] &&
	      !_0_CONCAT_fifo_rx_rv_port1__read__9_BITS_33_TO__ETC___d86[14] &&
	      !_0_CONCAT_fifo_rx_rv_port1__read__9_BITS_33_TO__ETC___d86[15]) ?
	       ((!_0_CONCAT_fifo_rx_rv_port1__read__9_BITS_33_TO__ETC___d86[16] &&
		 !_0_CONCAT_fifo_rx_rv_port1__read__9_BITS_33_TO__ETC___d86[17] &&
		 !_0_CONCAT_fifo_rx_rv_port1__read__9_BITS_33_TO__ETC___d86[18] &&
		 !_0_CONCAT_fifo_rx_rv_port1__read__9_BITS_33_TO__ETC___d86[19] &&
		 !_0_CONCAT_fifo_rx_rv_port1__read__9_BITS_33_TO__ETC___d86[20] &&
		 !_0_CONCAT_fifo_rx_rv_port1__read__9_BITS_33_TO__ETC___d86[21] &&
		 !_0_CONCAT_fifo_rx_rv_port1__read__9_BITS_33_TO__ETC___d86[22] &&
		 !_0_CONCAT_fifo_rx_rv_port1__read__9_BITS_33_TO__ETC___d86[23]) ?
		  ((!_0_CONCAT_fifo_rx_rv_port1__read__9_BITS_33_TO__ETC___d86[24] &&
		    !_0_CONCAT_fifo_rx_rv_port1__read__9_BITS_33_TO__ETC___d86[25] &&
		    !_0_CONCAT_fifo_rx_rv_port1__read__9_BITS_33_TO__ETC___d86[26] &&
		    !_0_CONCAT_fifo_rx_rv_port1__read__9_BITS_33_TO__ETC___d86[27]) ?
		     ((!_0_CONCAT_fifo_rx_rv_port1__read__9_BITS_33_TO__ETC___d86[28] &&
		       !_0_CONCAT_fifo_rx_rv_port1__read__9_BITS_33_TO__ETC___d86[29]) ?
			(_0_CONCAT_fifo_rx_rv_port1__read__9_BITS_33_TO__ETC___d86[30] ?
			   5'd30 :
			   5'd31) :
			(_0_CONCAT_fifo_rx_rv_port1__read__9_BITS_33_TO__ETC___d86[28] ?
			   5'd28 :
			   5'd29)) :
		     ((!_0_CONCAT_fifo_rx_rv_port1__read__9_BITS_33_TO__ETC___d86[24] &&
		       !_0_CONCAT_fifo_rx_rv_port1__read__9_BITS_33_TO__ETC___d86[25]) ?
			(_0_CONCAT_fifo_rx_rv_port1__read__9_BITS_33_TO__ETC___d86[26] ?
			   5'd26 :
			   5'd27) :
			(_0_CONCAT_fifo_rx_rv_port1__read__9_BITS_33_TO__ETC___d86[24] ?
			   5'd24 :
			   5'd25))) :
		  ((!_0_CONCAT_fifo_rx_rv_port1__read__9_BITS_33_TO__ETC___d86[16] &&
		    !_0_CONCAT_fifo_rx_rv_port1__read__9_BITS_33_TO__ETC___d86[17] &&
		    !_0_CONCAT_fifo_rx_rv_port1__read__9_BITS_33_TO__ETC___d86[18] &&
		    !_0_CONCAT_fifo_rx_rv_port1__read__9_BITS_33_TO__ETC___d86[19]) ?
		     ((!_0_CONCAT_fifo_rx_rv_port1__read__9_BITS_33_TO__ETC___d86[20] &&
		       !_0_CONCAT_fifo_rx_rv_port1__read__9_BITS_33_TO__ETC___d86[21]) ?
			(_0_CONCAT_fifo_rx_rv_port1__read__9_BITS_33_TO__ETC___d86[22] ?
			   5'd22 :
			   5'd23) :
			(_0_CONCAT_fifo_rx_rv_port1__read__9_BITS_33_TO__ETC___d86[20] ?
			   5'd20 :
			   5'd21)) :
		     ((!_0_CONCAT_fifo_rx_rv_port1__read__9_BITS_33_TO__ETC___d86[16] &&
		       !_0_CONCAT_fifo_rx_rv_port1__read__9_BITS_33_TO__ETC___d86[17]) ?
			(_0_CONCAT_fifo_rx_rv_port1__read__9_BITS_33_TO__ETC___d86[18] ?
			   5'd18 :
			   5'd19) :
			(_0_CONCAT_fifo_rx_rv_port1__read__9_BITS_33_TO__ETC___d86[16] ?
			   5'd16 :
			   5'd17)))) :
	       ((!_0_CONCAT_fifo_rx_rv_port1__read__9_BITS_33_TO__ETC___d86[0] &&
		 !_0_CONCAT_fifo_rx_rv_port1__read__9_BITS_33_TO__ETC___d86[1] &&
		 !_0_CONCAT_fifo_rx_rv_port1__read__9_BITS_33_TO__ETC___d86[2] &&
		 !_0_CONCAT_fifo_rx_rv_port1__read__9_BITS_33_TO__ETC___d86[3] &&
		 !_0_CONCAT_fifo_rx_rv_port1__read__9_BITS_33_TO__ETC___d86[4] &&
		 !_0_CONCAT_fifo_rx_rv_port1__read__9_BITS_33_TO__ETC___d86[5] &&
		 !_0_CONCAT_fifo_rx_rv_port1__read__9_BITS_33_TO__ETC___d86[6] &&
		 !_0_CONCAT_fifo_rx_rv_port1__read__9_BITS_33_TO__ETC___d86[7]) ?
		  ((!_0_CONCAT_fifo_rx_rv_port1__read__9_BITS_33_TO__ETC___d86[8] &&
		    !_0_CONCAT_fifo_rx_rv_port1__read__9_BITS_33_TO__ETC___d86[9] &&
		    !_0_CONCAT_fifo_rx_rv_port1__read__9_BITS_33_TO__ETC___d86[10] &&
		    !_0_CONCAT_fifo_rx_rv_port1__read__9_BITS_33_TO__ETC___d86[11]) ?
		     ((!_0_CONCAT_fifo_rx_rv_port1__read__9_BITS_33_TO__ETC___d86[12] &&
		       !_0_CONCAT_fifo_rx_rv_port1__read__9_BITS_33_TO__ETC___d86[13]) ?
			(_0_CONCAT_fifo_rx_rv_port1__read__9_BITS_33_TO__ETC___d86[14] ?
			   5'd14 :
			   5'd15) :
			(_0_CONCAT_fifo_rx_rv_port1__read__9_BITS_33_TO__ETC___d86[12] ?
			   5'd12 :
			   5'd13)) :
		     ((!_0_CONCAT_fifo_rx_rv_port1__read__9_BITS_33_TO__ETC___d86[8] &&
		       !_0_CONCAT_fifo_rx_rv_port1__read__9_BITS_33_TO__ETC___d86[9]) ?
			(_0_CONCAT_fifo_rx_rv_port1__read__9_BITS_33_TO__ETC___d86[10] ?
			   5'd10 :
			   5'd11) :
			(_0_CONCAT_fifo_rx_rv_port1__read__9_BITS_33_TO__ETC___d86[8] ?
			   5'd8 :
			   5'd9))) :
		  ((!_0_CONCAT_fifo_rx_rv_port1__read__9_BITS_33_TO__ETC___d86[0] &&
		    !_0_CONCAT_fifo_rx_rv_port1__read__9_BITS_33_TO__ETC___d86[1] &&
		    !_0_CONCAT_fifo_rx_rv_port1__read__9_BITS_33_TO__ETC___d86[2] &&
		    !_0_CONCAT_fifo_rx_rv_port1__read__9_BITS_33_TO__ETC___d86[3]) ?
		     ((!_0_CONCAT_fifo_rx_rv_port1__read__9_BITS_33_TO__ETC___d86[4] &&
		       !_0_CONCAT_fifo_rx_rv_port1__read__9_BITS_33_TO__ETC___d86[5]) ?
			(_0_CONCAT_fifo_rx_rv_port1__read__9_BITS_33_TO__ETC___d86[6] ?
			   5'd6 :
			   5'd7) :
			(_0_CONCAT_fifo_rx_rv_port1__read__9_BITS_33_TO__ETC___d86[4] ?
			   5'd4 :
			   5'd5)) :
		     ((!_0_CONCAT_fifo_rx_rv_port1__read__9_BITS_33_TO__ETC___d86[0] &&
		       !_0_CONCAT_fifo_rx_rv_port1__read__9_BITS_33_TO__ETC___d86[1]) ?
			(_0_CONCAT_fifo_rx_rv_port1__read__9_BITS_33_TO__ETC___d86[2] ?
			   5'd2 :
			   5'd3) :
			(_0_CONCAT_fifo_rx_rv_port1__read__9_BITS_33_TO__ETC___d86[0] ?
			   5'd0 :
			   5'd1)))) ;
  assign wr_addr_fifo_fifof_rvport1__read_BITS_53_TO_0__q2 =
	     wr_addr_fifo_fifof_rv$port1__read[53:0] ;
  assign wr_data_fifo_fifof_rvport1__read_BITS_40_TO_0__q3 =
	     wr_data_fifo_fifof_rv$port1__read[40:0] ;
  assign x__h15719 = 4'd15 << y__h15721 ;
  assign x__h15942 = addr__h15901 & mask__h15929 ;
  assign x__h15950 = { 29'd0, value__h15951 } ;
  assign x__h2730 = 4'd15 << y__h2732 ;
  assign x__h3499 = addr__h3457 & mask__h3486 ;
  assign x__h3508 = { 29'd0, value__h3509 } ;
  assign x_addr__h15904 =
	     (descriptor[35:34] == 2'd1) ? addr___1__h15930 : addr__h15901 ;
  assign x_addr__h3460 =
	     (fifo_rx_rv$port1__read[35:34] == 2'd1) ?
	       addr___1__h3487 :
	       addr__h3457 ;
  assign y__h15560 = ~mask__h3486 ;
  assign y__h15721 = { 1'b0, descriptor[33:32] } + 3'd1 ;
  assign y__h15943 = descriptor[113:82] & y__h27998 ;
  assign y__h2732 = { 1'b0, fifo_rx_rv$port1__read[33:32] } + 3'd1 ;
  assign y__h27998 = ~mask__h15929 ;
  assign y__h3500 = fifo_rx_rv$port1__read[113:82] & y__h15560 ;
  always@(fifo_rx_rv$port1__read)
  begin
    case (fifo_rx_rv$port1__read[33:32])
      2'd0: x__h3097 = 3'd0;
      2'd1: x__h3097 = 3'd1;
      default: x__h3097 = 3'd2;
    endcase
  end
  always@(fifo_rx_rv$port1__read or out___1__h2718)
  begin
    case (fifo_rx_rv$port1__read[39:36])
      4'd0, 4'd15: wr_data_strb__h2607 = out___1__h2718;
      default: wr_data_strb__h2607 = fifo_rx_rv$port1__read[39:36];
    endcase
  end
  always@(descriptor or out___1__h15707)
  begin
    case (descriptor[39:36])
      4'd0, 4'd15: wr_data_strb__h15623 = out___1__h15707;
      default: wr_data_strb__h15623 = descriptor[39:36];
    endcase
  end
  always@(fifo_rx_rv$port1__read)
  begin
    case (fifo_rx_rv$port1__read[35:34])
      2'd0: CASE_fifo_rx_rvport1__read_BITS_35_TO_34_0_1__ETC__q1 = 2'd1;
      2'd2: CASE_fifo_rx_rvport1__read_BITS_35_TO_34_0_1__ETC__q1 = 2'd0;
      default: CASE_fifo_rx_rvport1__read_BITS_35_TO_34_0_1__ETC__q1 = 2'd2;
    endcase
  end
  always@(wr_resp_fifo_fifof_rv$port1__read)
  begin
    case (wr_resp_fifo_fifof_rv$port1__read[1:0])
      2'd0:
	  CASE_wr_resp_fifo_fifof_rvport1__read_BITS_1__ETC__q4 =
	      wr_resp_fifo_fifof_rv$port1__read[1:0];
      2'd1: CASE_wr_resp_fifo_fifof_rvport1__read_BITS_1__ETC__q4 = 2'd3;
      2'd2: CASE_wr_resp_fifo_fifof_rvport1__read_BITS_1__ETC__q4 = 2'd1;
      2'd3: CASE_wr_resp_fifo_fifof_rvport1__read_BITS_1__ETC__q4 = 2'd2;
    endcase
  end

  // handling of inlined registers

  always@(posedge CLK)
  begin
    if (RST_N == `BSV_RESET_VALUE)
      begin
        count <= `BSV_ASSIGNMENT_DELAY 10'd0;
	descriptor <= `BSV_ASSIGNMENT_DELAY
	    118'h2AAAAAAAAAAAAAAAAAAAAAAAAAAAAA /* unspecified value */ ;
	fifo_rx_rv <= `BSV_ASSIGNMENT_DELAY
	    { 1'd0,
	      119'h2AAAAAAAAAAAAAAAAAAAAAAAAAAAAA /* unspecified value */  };
	fifo_tx_rv <= `BSV_ASSIGNMENT_DELAY
	    { 1'd0, 67'h2AAAAAAAAAAAAAAAA /* unspecified value */  };
	saved_data <= `BSV_ASSIGNMENT_DELAY
	    41'h0AAAAAAAAAA /* unspecified value */ ;
	wr_addr_fifo_fifof_rv <= `BSV_ASSIGNMENT_DELAY
	    { 1'd0, 54'h2AAAAAAAAAAAAA /* unspecified value */  };
	wr_data_fifo_fifof_rv <= `BSV_ASSIGNMENT_DELAY
	    { 1'd0, 41'h0AAAAAAAAAA /* unspecified value */  };
	wr_resp_fifo_fifof_rv <= `BSV_ASSIGNMENT_DELAY
	    { 1'd0, 6'b101010 /* unspecified value */  };
      end
    else
      begin
        if (count$EN) count <= `BSV_ASSIGNMENT_DELAY count$D_IN;
	if (descriptor$EN)
	  descriptor <= `BSV_ASSIGNMENT_DELAY descriptor$D_IN;
	if (fifo_rx_rv$EN)
	  fifo_rx_rv <= `BSV_ASSIGNMENT_DELAY fifo_rx_rv$D_IN;
	if (fifo_tx_rv$EN)
	  fifo_tx_rv <= `BSV_ASSIGNMENT_DELAY fifo_tx_rv$D_IN;
	if (saved_data$EN)
	  saved_data <= `BSV_ASSIGNMENT_DELAY saved_data$D_IN;
	if (wr_addr_fifo_fifof_rv$EN)
	  wr_addr_fifo_fifof_rv <= `BSV_ASSIGNMENT_DELAY
	      wr_addr_fifo_fifof_rv$D_IN;
	if (wr_data_fifo_fifof_rv$EN)
	  wr_data_fifo_fifof_rv <= `BSV_ASSIGNMENT_DELAY
	      wr_data_fifo_fifof_rv$D_IN;
	if (wr_resp_fifo_fifof_rv$EN)
	  wr_resp_fifo_fifof_rv <= `BSV_ASSIGNMENT_DELAY
	      wr_resp_fifo_fifof_rv$D_IN;
      end
  end

  // synopsys translate_off
  `ifdef BSV_NO_INITIAL_BLOCKS
  `else // not BSV_NO_INITIAL_BLOCKS
  initial
  begin
    count = 10'h2AA;
    descriptor = 118'h2AAAAAAAAAAAAAAAAAAAAAAAAAAAAA;
    fifo_rx_rv = 120'hAAAAAAAAAAAAAAAAAAAAAAAAAAAAAA;
    fifo_tx_rv = 68'hAAAAAAAAAAAAAAAAA;
    saved_data = 41'h0AAAAAAAAAA;
    wr_addr_fifo_fifof_rv = 55'h2AAAAAAAAAAAAA;
    wr_data_fifo_fifof_rv = 42'h2AAAAAAAAAA;
    wr_resp_fifo_fifof_rv = 7'h2A;
  end
  `endif // BSV_NO_INITIAL_BLOCKS
  // synopsys translate_on

  // handling of system tasks

  // synopsys translate_off
  always@(negedge CLK)
  begin
    #0;
    if (RST_N != `BSV_RESET_VALUE)
      if (WILL_FIRE_RL_start_read)
	begin
	  v__h28482 = $time;
	  #0;
	end
    if (RST_N != `BSV_RESET_VALUE)
      if (WILL_FIRE_RL_start_read)
	$display("(%0d) ERROR: AxiWrMaster cannot handle READ OPS!",
		 v__h28482);
  end
  // synopsys translate_on
endmodule  // mkAxiWrMasterStd